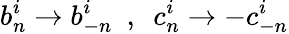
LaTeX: b_{n}^{i}\rightarrow b_{-n}^{i}\ \ ,\ \ c_{n}^{i}\rightarrow-c_{-n}^{i}